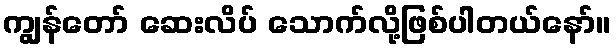
ကျွန်တော် ဆေးလိပ် သောက်လို့ဖြစ်ပါတယ်နော်။